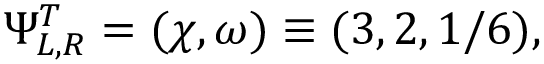
\Psi _ { L , R } ^ { T } = ( \chi , \omega ) \equiv ( 3 , 2 , 1 / 6 ) ,